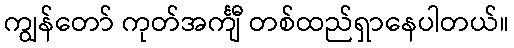
ကျွန်တော် ကုတ်အင်္ကျီ တစ်ထည်ရှာနေပါတယ်။